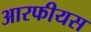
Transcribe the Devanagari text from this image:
आरफीयस